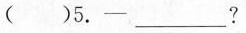
( )5.-___?